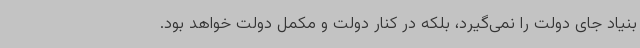
بنیاد جای دولت را نمی‌گیرد، بلکه در کنار دولت و مکمل دولت خواهد بود.